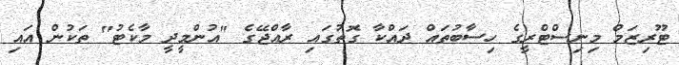
ޓޫރިޒަމް މިނިސްޓްރީގެ ހިސާބުތައް ދައްކާ ގޮތުގައި ރާއްޖޭގެ "އުންމީދީ މާކެޓު" ތަކުން އައި